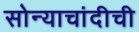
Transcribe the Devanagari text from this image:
सोन्याचांदीची